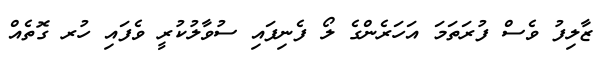
ޒާލިފު ވެސް ފުރަތަމަ އަހަރެންގެ ލޯ ފެނިފައި ސުވާލުކުރީ ވެފައި ހުރ ގޮތެއް